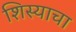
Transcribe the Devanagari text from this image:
शिस्याचा